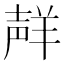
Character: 𮊩